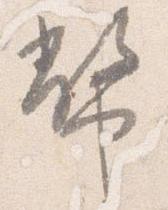
幣